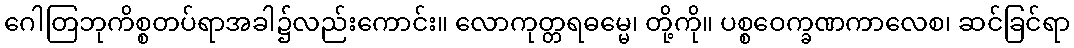
ဂေါတြဘုကိစ္စတပ်ရာအခါ၌လည်းကောင်း။ လောကုတ္တရဓမ္မေ၊ တို့ကို။ ပစ္စဝေက္ခဏကာလေစ၊ ဆင်ခြင်ရာ